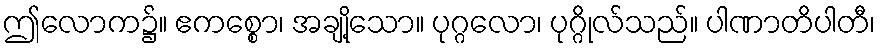
ဤလောက၌။ ဧကစ္စော၊ အချို့သော။ ပုဂ္ဂလော၊ ပုဂ္ဂိုလ်သည်။ ပါဏာတိပါတီ၊